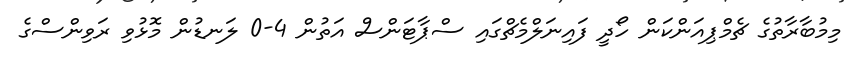
މިމުބާރާތުގެ ޗެމްޕިއަންކަން ހޯދީ ފައިނަލްމެޗްގައި ސްޕާޓަންސް އަތުން 4-0 ލަނޑުން މޮޅުވި ރަވިންސްގެ